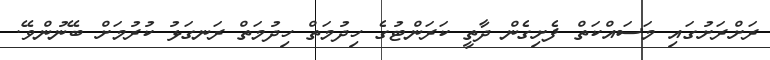
ރަށްރަށުގައި މަސައްކަތް ފެށިގެން ދާތީ ކަރަންޓުގެ ހިދުމަތް ހިދުމަތް ރަނގަޅު ކުރުމަށް ބޭނުންވޭ.